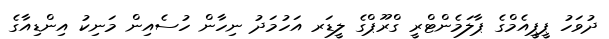
ދުވަހު ޕީޕީއެމްގެ ޕާލަމެންޓްރީ ގްރޫޕްގެ ލީޑަރ އަހުމަދު ނިހާން ހުސެއިން މަނިކު އިންޑިއާގެ